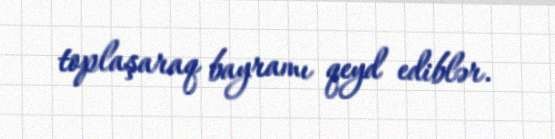
toplaşaraq bayramı qeyd ediblər.